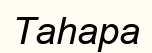
Таһара